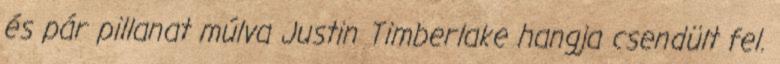
és pár pillanat múlva Justin Timberlake hangja csendült fel.